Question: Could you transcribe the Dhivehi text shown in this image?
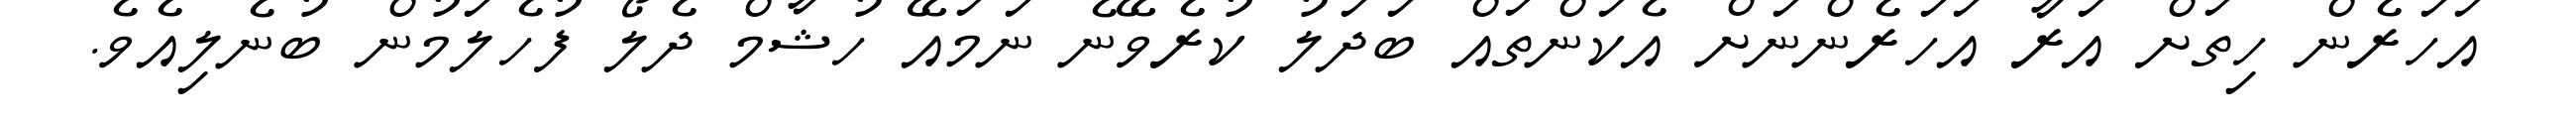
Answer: އަހަރެން ހިތަށް އަރާ އަހަރެންނަށް އެކަންތައް ބަދަލު ކުރެވޭނެ ނަމައޭ ހުޝާމް ދެލޯ ފުހެލަމުން ބުނެލިއެވެ.